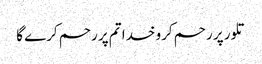
تلور پر رحم کرو خدا تم پر رحم کرے گا